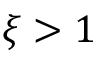
\xi > 1